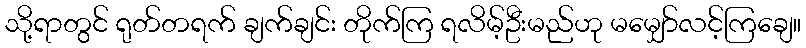
သို့ရာတွင် ရုတ်တရက် ချက်ချင်း တိုက်ကြ ရလိမ့်ဦးမည်ဟု မမျှော်လင့်ကြချေ။